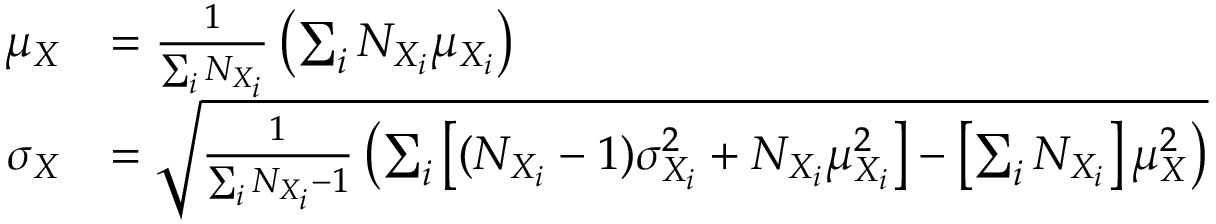
{ \begin{array} { r l } { \mu _ { X } } & { = { \frac { 1 } { \sum _ { i } { N _ { X _ { i } } } } } \left( \sum _ { i } { N _ { X _ { i } } \mu _ { X _ { i } } } \right) } \\ { \sigma _ { X } } & { = { \sqrt { { \frac { 1 } { \sum _ { i } { N _ { X _ { i } } - 1 } } } \left( \sum _ { i } { \left[ ( N _ { X _ { i } } - 1 ) \sigma _ { X _ { i } } ^ { 2 } + N _ { X _ { i } } \mu _ { X _ { i } } ^ { 2 } \right] } - \left[ \sum _ { i } { N _ { X _ { i } } } \right] \mu _ { X } ^ { 2 } \right) } } } \end{array} }